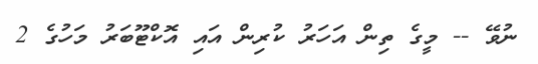
ނުވޭ -- މީގެ ތިން އަހަރު ކުރިން އައި އޮކްޓޫބަރު މަހުގެ 2